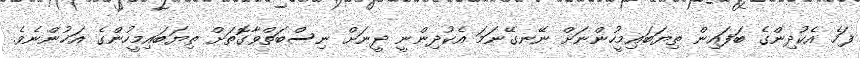
ފަހެ އެކުދިންގެ ބަފައިން ތިޔަބައިމީހުންނަށް ނޭނގޭނަމަ އެކުދިންނީ ދީނަށް ނިސްބަތްވާގޮތަށް ތިޔަބައިމީހުންގެ އަޚުންނެވެ.